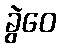
ခွဲဝေ